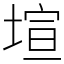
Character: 塇